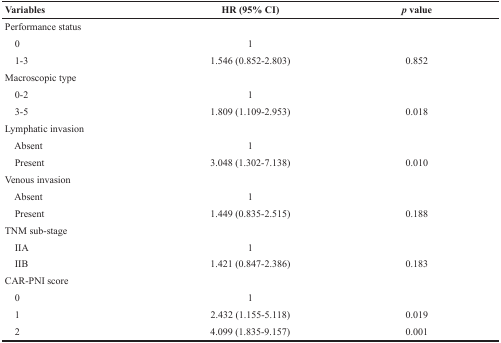
<table><thead><tr><td><b>Variables</b></td><td><b>HR (95% CI)</b></td><td><b><i>p</i> value</b></td></tr></thead><tbody><tr><td>Performance status</td><td>[EMPTY_CELL]</td><td>[EMPTY_CELL]</td></tr><tr><td> 0</td><td>1</td><td>[EMPTY_CELL]</td></tr><tr><td> 1-3</td><td>1.546 (0.852-2.803)</td><td>0.852</td></tr><tr><td>Macroscopic type</td><td>[EMPTY_CELL]</td><td>[EMPTY_CELL]</td></tr><tr><td> 0-2</td><td>1</td><td>[EMPTY_CELL]</td></tr><tr><td> 3-5</td><td>1.809 (1.109-2.953)</td><td>0.018</td></tr><tr><td>Lymphatic invasion</td><td>[EMPTY_CELL]</td><td>[EMPTY_CELL]</td></tr><tr><td> Absent</td><td>1</td><td>[EMPTY_CELL]</td></tr><tr><td> Present</td><td>3.048 (1.302-7.138)</td><td>0.010</td></tr><tr><td>Venous invasion</td><td>[EMPTY_CELL]</td><td>[EMPTY_CELL]</td></tr><tr><td> Absent</td><td>1</td><td>[EMPTY_CELL]</td></tr><tr><td> Present</td><td>1.449 (0.835-2.515)</td><td>0.188</td></tr><tr><td>TNM sub-stage</td><td>[EMPTY_CELL]</td><td>[EMPTY_CELL]</td></tr><tr><td> IIA</td><td>1</td><td>[EMPTY_CELL]</td></tr><tr><td> IIB</td><td>1.421 (0.847-2.386)</td><td>0.183</td></tr><tr><td>CAR-PNI score</td><td>[EMPTY_CELL]</td><td>[EMPTY_CELL]</td></tr><tr><td> 0</td><td>1</td><td>[EMPTY_CELL]</td></tr><tr><td> 1</td><td>2.432 (1.155-5.118)</td><td>0.019</td></tr><tr><td> 2</td><td>4.099 (1.835-9.157)</td><td>0.001</td></tr></tbody></table>